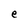
Character: e